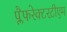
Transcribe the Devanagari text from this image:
प्लैफरेक्टरटीएम